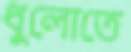
ধুলোতে